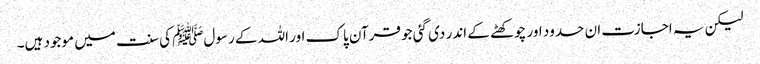
لیکن یہ اجازت ان حدود اور چوکھٹے کے اندر دی گئی جو قرآن پاک اور اللہ کے رسولﷺ کی سنت میں موجود ہیں۔